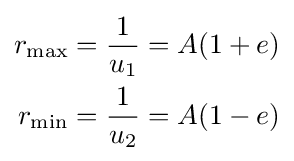
{\begin{aligned}r_{\text{max}}&={\frac {1}{u_{1}}}=A(1+e)\\r_{\text{min}}&={\frac {1}{u_{2}}}=A(1-e)\end{aligned}}